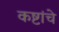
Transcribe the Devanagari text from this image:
कष्टांचे